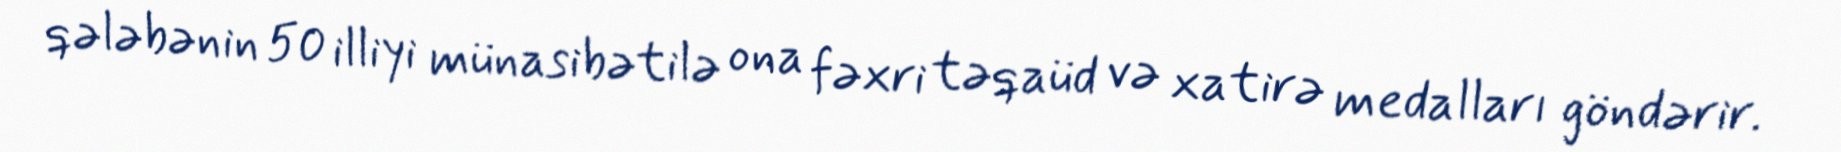
qələbənin 50 illiyi münasibətilə ona fəxri təqaüd və xatirə medalları göndərir.